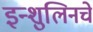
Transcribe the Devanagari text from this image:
इन्शुलिनचे